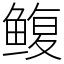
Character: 鳆